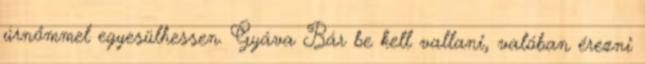
úrnőmmel egyesülhessen. Gyáva Bár be kell vallani, valóban érezni